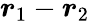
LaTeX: \boldsymbol{r}_{1}-\boldsymbol{r}_{2}